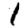
Digit: 1